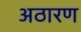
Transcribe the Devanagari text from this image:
अठारण